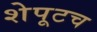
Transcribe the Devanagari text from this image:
शेपूटच